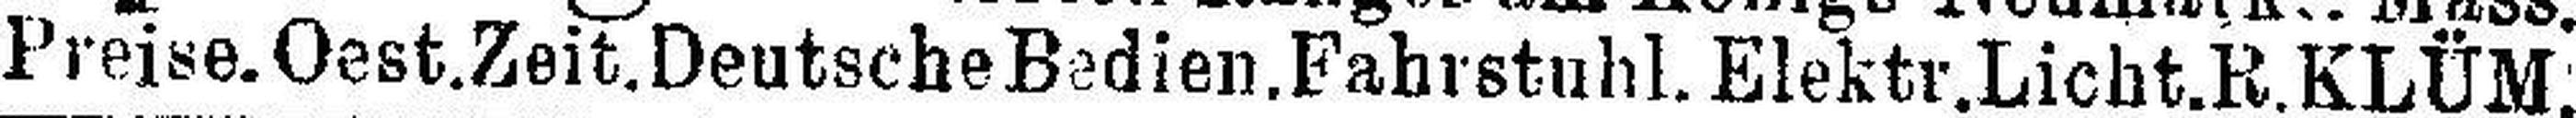
Preise. Oest.Zeit.Deutsche Bedien. Fahrstuhl. Elektr.Licht.R. KLÜM.